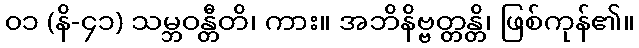
၀၁ (နိ-၄၁) သမ္ဘဝန္တီတိ၊ ကား။ အဘိနိဗ္ဗတ္တန္တိ၊ ဖြစ်ကုန်၏။